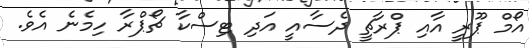
އޯމް ޕޫރީ އާއި ޕްރާޗީ ދެސާއީ އަދި ޓިސްކާ ޗޯޕްރާ ހިމެނެ އެވެ.